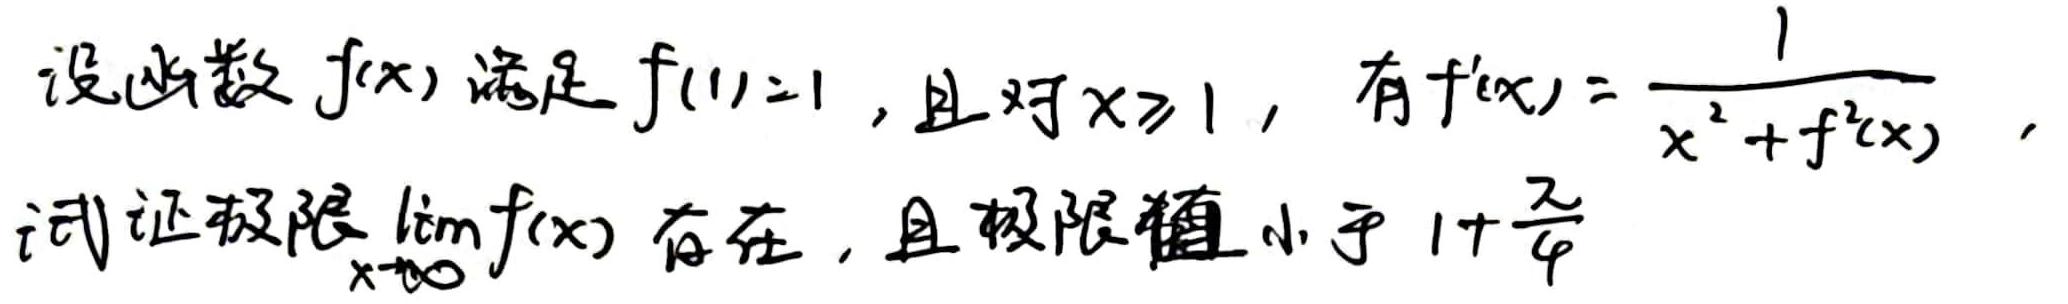
设函数$f(x)$满足$f(1)=1$，且对$x\geqslant1$，有$f'(x)=\frac{1}{x^{2}+f^{2}(x)}$，试证极限$\lim\limits_{x\rightarrow\infty}f(x)$存在，且极限值小于$1+\frac{\pi}{4}$